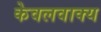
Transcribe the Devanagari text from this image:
केवलवाक्य